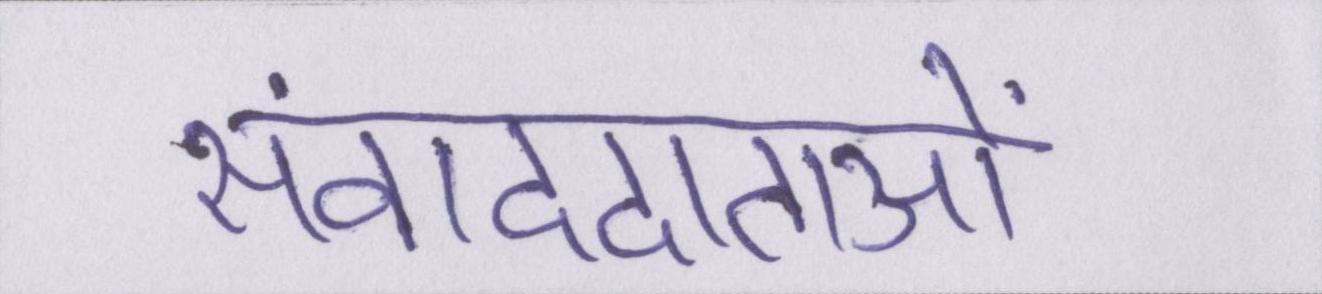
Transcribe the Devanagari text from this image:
संवाददाताओं